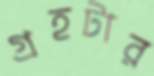
গ্রহটার